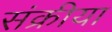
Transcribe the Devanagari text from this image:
संक्रीया